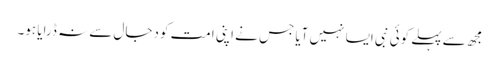
مجھ سے پہلے کوئی نبی ایسا نہیں آیا جس نے اپنی امت کو دجال سے نہ ڈرایا ہو۔